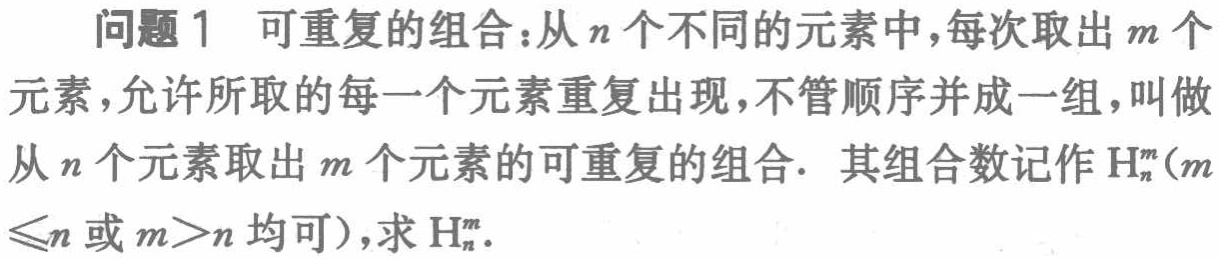
问题1 可重复的组合：从\(n\)个不同的元素中，每次取出\(m\)个元素，允许所取的每一个元素重复出现，不管顺序并成一组，叫做从\(n\)个元素取出\(m\)个元素的可重复的组合. 其组合数记作\(H_{n}^{m}\)（\(m\leqslant n\)或\(m > n\)均可），求\(H_{n}^{m}\).